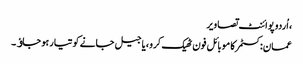
، اُردو پوائنٹ تصاویر
عمان:کسٹمر کا موبائل فون ٹھیک کرو ،یا جیل جانے کو تیار ہو جاﺅ۔